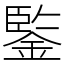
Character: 鍳